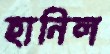
হানিল